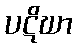
ပဋိဃာ